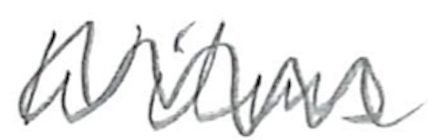
Text: Wilms
Cross-out: mix
Writing tool: pencil